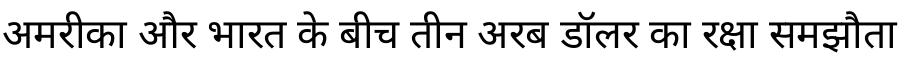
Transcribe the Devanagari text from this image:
अमरीका और भारत के बीच तीन अरब डॉलर का रक्षा समझौता